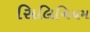
સિલિનિયમ